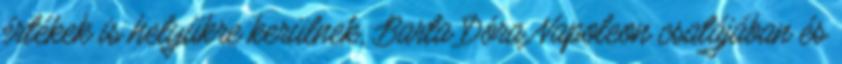
értékek is helyükre kerülnek, Barta Dóra Napoleon csatájában és